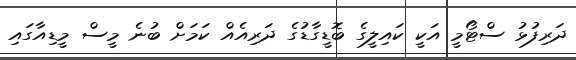
ދަރިފުޅު ސްޓޯމީ އަކީ ކައިލީގެ ބޮޑީގާޑުގެ ދަރިއެއް ކަމަށް ބުނެ މީސް މީޑިއާގައި